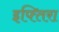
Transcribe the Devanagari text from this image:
इफ्तिरा